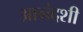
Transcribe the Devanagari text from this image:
आनंदशी